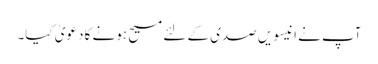
آپ نے انیسویں صدی کے لئے مسیح ہونے کا دعویٰ کیا۔